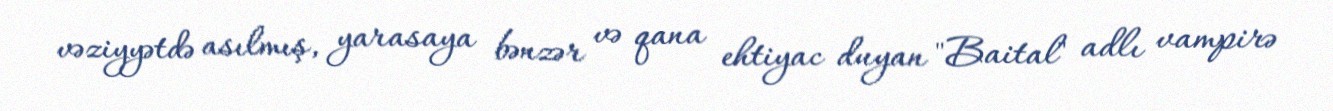
vəziyyətdə asılmış, yarasaya bənzər və qana ehtiyac duyan "Baital" adlı vampirə